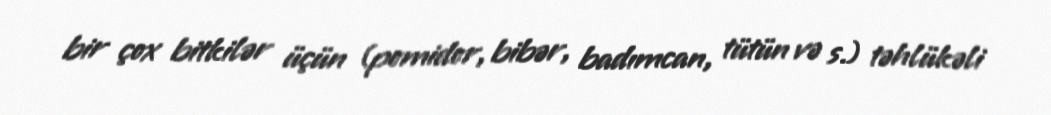
bir çox bitkilər üçün (pomidor, bibər, badımcan, tütün və s.) təhlükəli